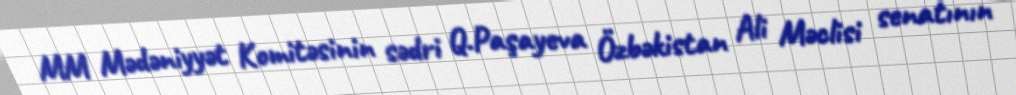
MM Mədəniyyət Komitəsinin sədri Q.Paşayeva Özbəkistan Ali Məclisi senatının